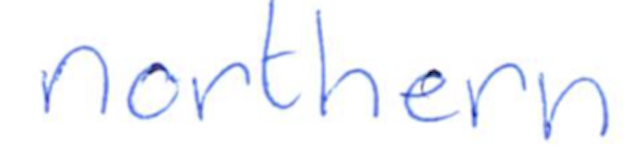
Text: northern
Cross-out: clean
Writing tool: ballpoint